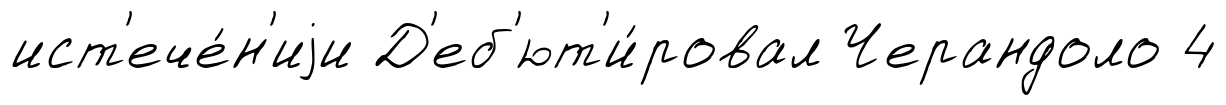
ист'ече́н'иjи Д'еб'ют'и́ровал Черандоло 4